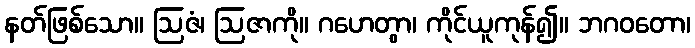
နတ်ဖြစ်သော။ ဩဇံ၊ ဩဇာကို။ ဂဟေတွာ၊ ကိုင်ယူကုန်၍။ ဘဂဝတော၊